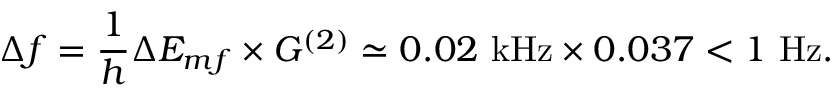
\Delta f = \frac { 1 } { h } \Delta E _ { m f } \times G ^ { ( 2 ) } \simeq 0 . 0 2 \ \mathrm { k H z } \times 0 . 0 3 7 < 1 \ \mathrm { H z } .